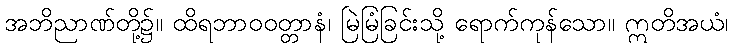
အဘိညာဏ်တို့၌။ ထိရဘာဝဝတ္တာနံ၊ မြဲမြံခြင်းသို့ ရောက်ကုန်သော။ ဣတိအယံ၊